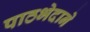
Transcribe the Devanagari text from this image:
पाठभेदाने